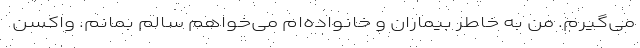
می‌گیرم. من به خاطر بیماران و خانواده‌ام می‌خواهم سالم بمانم. واکسن